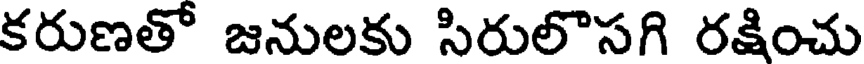
కరుణతో జనులకు సిరులొసగి రక్షించు